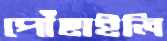
পৌঁছাইলি